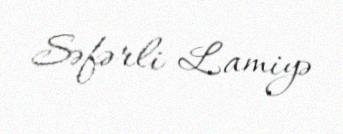
Səfərli Lamiyə